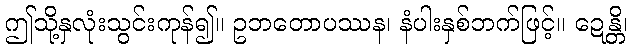
ဤသို့နှလုံးသွင်းကုန်၍။ ဥဘတောပဿန၊ နံပါးနှစ်ဘက်ဖြင့်။ ဍေန္တိ၊